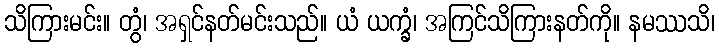
သိကြားမင်း။ တွံ၊ အရှင်နတ်မင်းသည်။ ယံ ယက္ခံ၊ အကြင်သိကြားနတ်ကို။ နမဿသိ၊